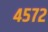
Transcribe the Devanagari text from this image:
४५७२